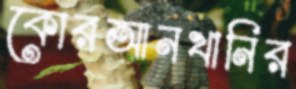
কোরআনখানির